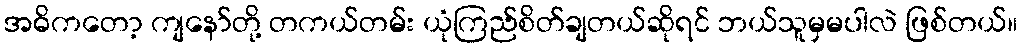
အဓိကတော့ ကျနော်တို့ တကယ်တမ်း ယုံကြည်စိတ်ချတယ်ဆိုရင် ဘယ်သူမှမပါလဲ ဖြစ်တယ်။